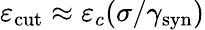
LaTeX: \varepsilon_{\mathrm{cut}}\approx\varepsilon_{c}(\sigma/\gamma_{\mathrm{syn}})